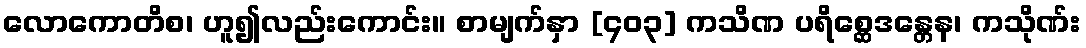
လောကောတိစ၊ ဟူ၍လည်းကောင်း။ စာမျက်နှာ [၄၀၃] ကသိဏ ပရိစ္ဆေဒန္တေန၊ ကသိုဏ်း